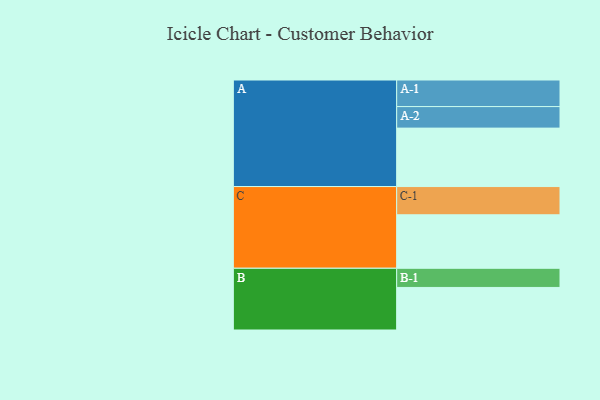
{"axis": {"x": "Segment", "y": "Value"}, "legend": ["", "A", "B", "C"], "data": [{"x": "A", "y": 567, "type": ""}, {"x": "B", "y": 413, "type": ""}, {"x": "C", "y": 519, "type": ""}, {"x": "A-1", "y": 258, "type": "A"}, {"x": "A-2", "y": 209, "type": "A"}, {"x": "B-1", "y": 186, "type": "B"}, {"x": "C-1", "y": 274, "type": "C"}]}